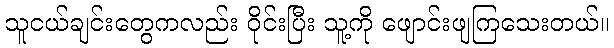
သူငယ်ချင်းတွေကလည်း ဝိုင်းပြီး သူ့ကို ဖျောင်းဖျကြသေးတယ်။